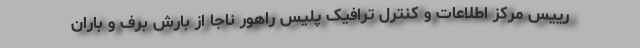
رییس مرکز اطلاعات و کنترل ترافیک پلیس راهور ناجا از بارش برف و باران